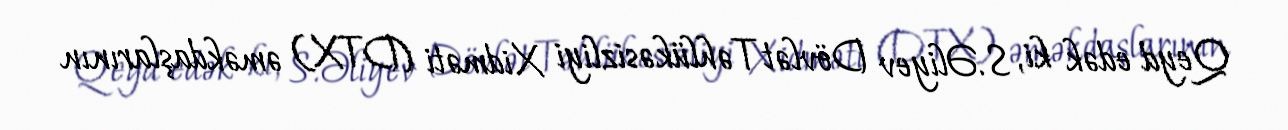
Qeyd edək ki, S.Əliyev Dövlət Təhlükəsizliyi Xidməti (DTX) əməkdaşlarının